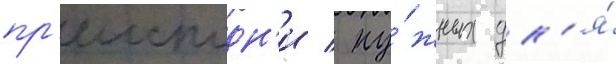
пр'еисподн'и / ну́жных дл'я́